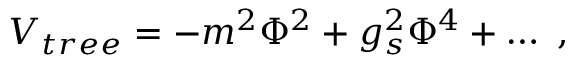
V _ { \small { t r e e } } = - m ^ { 2 } \Phi ^ { 2 } + g _ { s } ^ { 2 } \Phi ^ { 4 } + \dots ~ ,